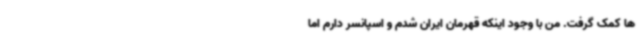
ها کمک گرفت. من با وجود اینکه قهرمان ایران شدم و اسپانسر دارم اما